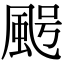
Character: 𩖸